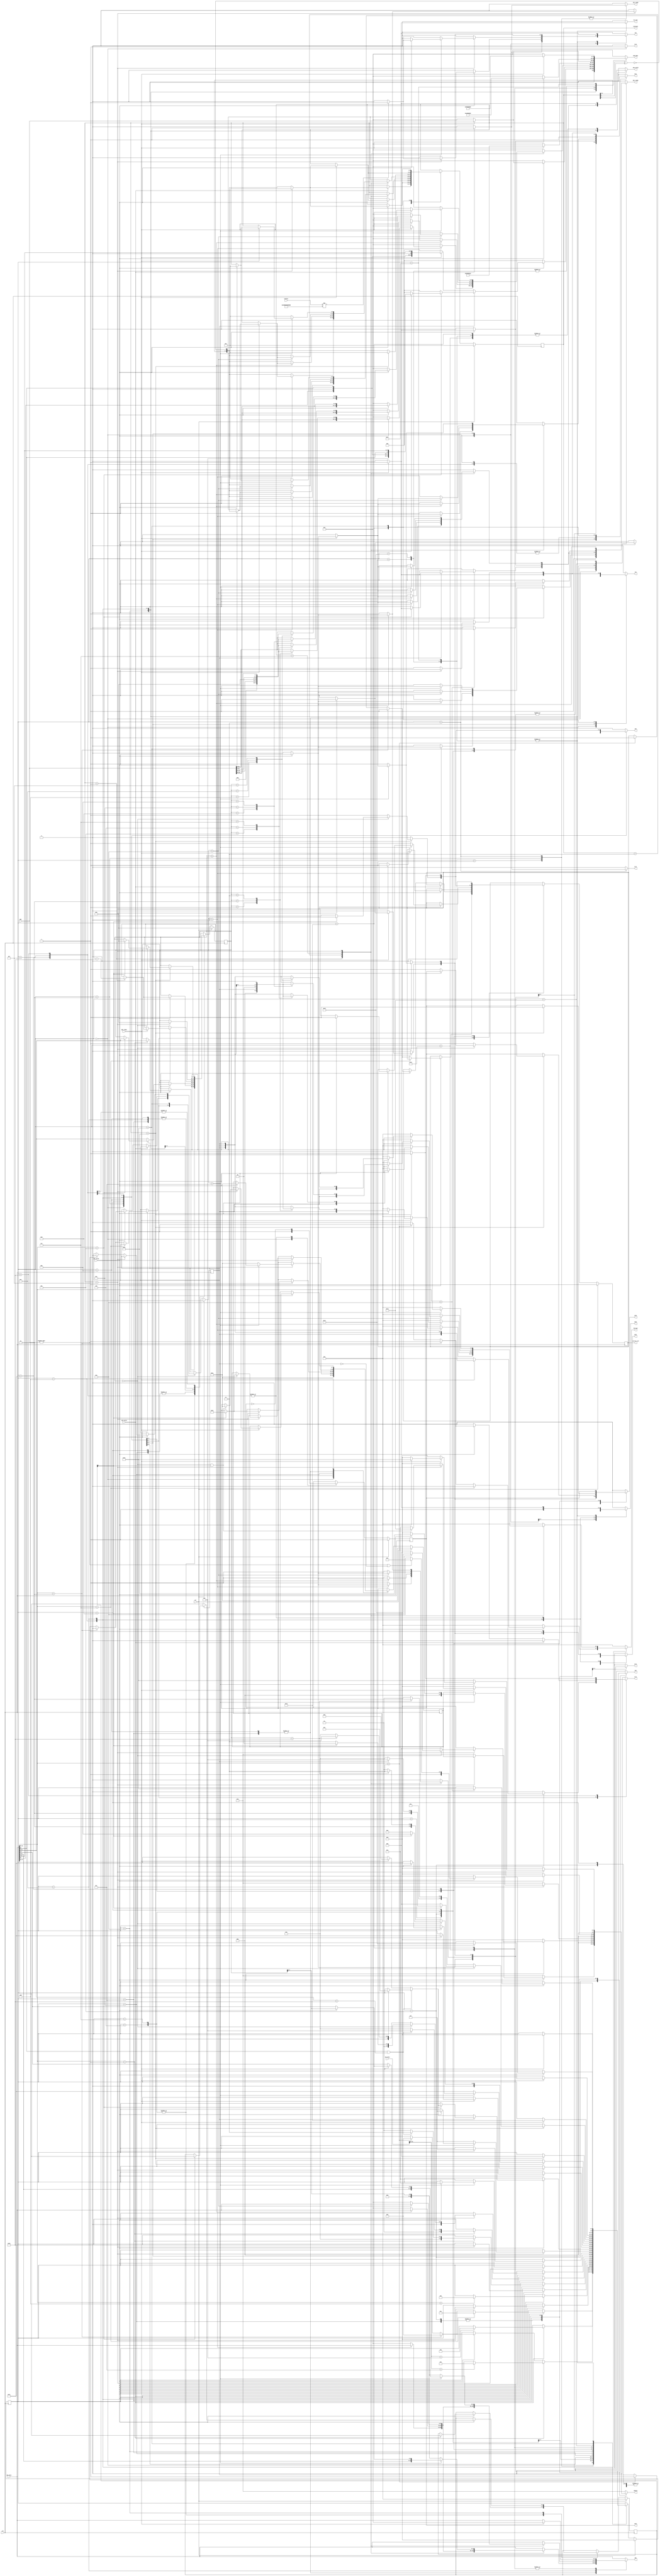
module api (/*AUTOARG*/
   // Outputs
   pdo_data, pdi, pdi_ready, sdi_ready, pdo_valid, do_last, domain, srst, senc,
   sse, xrst, xenc, xse, yrst, yenc, yse, zrst, zenc, zse,
   decrypt, correct_cnt, constant, tk1s,
   // Inputs
   counter, pdi_data, pdo, sdi_data, pdi_valid, sdi_valid, pdo_ready, clk, rst
   ) ;
   // SKINNY FINAL CONSTANT
   parameter FINCONST = 7'b011010;

   // BLK COUNTER INITIAL CONSTANT
   parameter INITCTR = 56'h02000000000000;
parameter INITCTR2 = 56'h01000000000000;   

   // INSTRUCTIONS
   parameter LDKEY = 4;
   parameter ACTKEY = 7;
   parameter ENC = 2;
   parameter DEC = 3;
   parameter SUCCESS = 14;
   parameter FAILURE = 15;

   //SEGMENT HEADERS
   parameter RSRVD1 = 0;
   parameter AD = 1;
   parameter NpubAD = 2; 
   parameter ADNpub = 3; 
   parameter PLAIN = 4; 
   parameter CIPHER = 5; 
   parameter CIPHERTAG = 6; 
   parameter RSRVD = 7; 
   parameter TAG = 8; 
   parameter RSRVD2 = 9; 
   parameter LENGTH = 10;
   parameter RSRVD3 = 11;  
   parameter KEY = 12; 
   parameter Npub = 13; 
   parameter Nsec = 14; 
   parameter ENCNsec = 15;

   // DOMAINS
   parameter adnormal = 8;
   parameter adfinal = 24;
   parameter adpadded = 26;
   parameter msgnormal = 4;
   parameter msgfinal = 20;
   parameter msgpadded = 21;   

   // STATES
   parameter idle        = 0;
   parameter loadkey     = 1;
	parameter keyheader   = 2;   
   parameter storekey    = 3;
   parameter nonceheader = 4;
   parameter storen      = 5;
   parameter adheader    = 6;
   parameter adheader2   = 7;
   parameter msgheader   = 8;
   parameter storeadsf   = 9;
   parameter storeadtf   = 10;
   parameter storeadsp   = 11;
   parameter storeadtp   = 12;
   parameter storemf     = 13;
   parameter storemp     = 14;
   parameter encryptad   = 15;
   parameter encryptn    = 16;
   parameter encryptm    = 17;
   parameter outputtag0  = 18;
   parameter outputtag1  = 19;   
   parameter verifytag0  = 20;
   parameter verifytag1  = 21;
   parameter statuse     = 22;	
	parameter statusdf    = 23;	
	parameter statusds    = 24;	
   
   output reg [31:0] pdo_data, pdi;
   output reg        pdi_ready, sdi_ready, pdo_valid, do_last;

   output reg [7:0]  domain;
   output reg        srst, senc, sse;
   output reg        xrst, xenc, xse;
   output reg        yrst, yenc, yse;
   output reg        zrst, zenc, zse;
   output reg [3:0]  decrypt;
   output reg        correct_cnt;
   output  [5:0]       constant;   
   output reg        tk1s; 
   
   input [55:0]      counter;   
   input [31:0]      pdi_data, pdo, sdi_data;
   input             pdi_valid, sdi_valid, pdo_ready;

   input             clk, rst;

   reg [4:0]         fsm, fsmn;
   reg [15:0]         seglen, seglenn;  
   reg [3:0]         flags, flagsn;
   reg               dec, decn;
   reg [7:0]         nonce_domain, nonce_domainn;
   reg [5:0]         cnt, cntn;   
   reg               correct_cntn;
   reg               st0, st0n;
   reg               c2, c2n;
   reg               tk1sn;

   assign constant = cnt;   

   always @ (posedge clk) begin
      if (rst) begin
         fsm <= idle;
         seglen <= 0;
         flags <= 0;
         dec <= 0;
         correct_cnt <= 1;
         cnt <= 6'h01;   
         st0 <= 0;
         c2 <= 0;        
         tk1s <= 1;      
         nonce_domain <= adpadded;       
      end
      else begin
         fsm <= fsmn;
         seglen <= seglenn;
         flags <= flagsn;
         dec <= decn;
         cnt <= cntn;    
         nonce_domain <= nonce_domainn;
         st0 <= st0n;
         c2 <= c2n;
         tk1s <= tk1sn;  
         correct_cnt <= correct_cntn;    
      end
   end
   
   always @ ( counter or c2 or cnt or correct_cnt or dec or flags
	     or fsm or nonce_domain or pdi_data or sdi_data or pdi_valid or pdo
	     or pdo_ready or sdi_valid or seglen or st0 or tk1s) begin
      pdo_data <= 0;      
      pdi <= pdi_data;    
      do_last <= 0;		
      domain <= 0;         
      srst   <= 0;
      senc   <= 0;
      sse    <= 0;
      xrst   <= 0;
      xenc   <= 0;
      xse    <= 0;
      yrst   <= 0;
      yenc   <= 0;
      yse    <= 0;
      zrst   <= 0;
      zenc   <= 0;
      zse    <= 0;
      decrypt <= 0;      
      sdi_ready <= 0;
      pdi_ready <= 0;
      pdo_valid <= 0;
      tk1sn <= tk1s;      
      nonce_domainn <= nonce_domain;      
      fsmn <= fsm;
      seglenn <= seglen; 
      flagsn <= flags;
      decn <= dec;
      correct_cntn <= correct_cnt;
      st0n <= st0;
      c2n <= c2;           
      cntn <= cnt;      
      case (fsm) 
        idle: begin
		  pdi_ready <= 1;
	   srst <= 1;
	   sse <= 1;
	   senc <= 1;	   
           tk1sn <= 1;     
           nonce_domainn <= adpadded; 
           if (pdi_valid) begin
              pdi_ready <= 1;
              if (pdi_data[31:28] == ACTKEY) begin
                 fsmn <= loadkey;              
              end
              else if (pdi_data[31:28] == ENC) begin
                 zenc <= 1;        
                 zrst <= 1;
                 correct_cntn <= 1;           
                 zse <= 1;         
                 fsmn <= adheader;
                 decn <= 0;              
              end
              else if (pdi_data[31:28] == DEC) begin
                 zenc <= 1;        
                 zrst <= 1;
                 correct_cntn <= 1;           
                 zse <= 1;         
                 fsmn <= adheader;
                 decn <= 1;             
              end
           end     
        end // case: idle
		  loadkey: begin
           if (sdi_valid) begin
              sdi_ready <= 1;
              if (sdi_data[31:28] == LDKEY) begin
                 fsmn <= keyheader;               
              end             
           end
        end
        keyheader: begin
           if (sdi_valid) begin
              sdi_ready <= 1;
              if (sdi_data[31:28] == KEY) begin
                 fsmn <= storekey;               
              end             
           end
			  else if (pdi_valid) begin
			     if (pdi_data[31:28] == ENC) begin
                 zenc <= 1;        
                 zrst <= 1;
                 correct_cntn <= 1;           
                 zse <= 1;         
                 fsmn <= adheader;
                 decn <= 0;              
              end
              else if (pdi_data[31:28] == DEC) begin
                 zenc <= 1;        
                 zrst <= 1;
                 correct_cntn <= 1;           
                 zse <= 1;         
                 fsmn <= adheader;
                 decn <= 1;             
              end
			  end
        end
        storekey: begin
           if (sdi_valid) begin
              sdi_ready <= 1;
              xrst <= 1;
              xenc <= 1;
              xse <= 1;
              if (cnt == 5'h0F) begin
                 cntn <= 6'h01;
                 fsmn <= idle;           
              end
              else begin
                 cntn <= {cnt[4:0], cnt[5]^cnt[4]^1'b1};                
              end
           end
        end // case: storekey
        nonceheader: begin
           if (pdi_valid) begin
              pdi_ready <= 1;
              if (pdi_data[31:28] == Npub) begin
                 fsmn <= storen;             
              end             
           end
        end
        storen: begin
           if (pdi_valid) begin
              pdi_ready <= 1;
              yenc <= 1;
              yse <= 1;
              yrst <= 1;              	      
              if (cnt == 5'h0F) begin
		 domain <= nonce_domain;
		 //zenc <= 1;
		 //zse <= 1;
		 //if (counter != INITCTR) begin
		   // xse <= 1;
		   // xenc <= 1;		    
		 //end 		 
                 cntn <= 6'h01;
                 fsmn <= encryptn;               
              end
              else begin
                 cntn <= {cnt[4:0], cnt[5]^cnt[4]^1'b1};                
              end
           end
        end // case: storen
        adheader: begin
           if (pdi_valid) begin
              pdi_ready <= 1;
              if (pdi_data[31:28] == AD) begin
                 seglenn <= pdi_data[15:0];
                 flagsn <= pdi_data[27:24];              
                 if ((pdi_data[25] == 1) && (pdi_data[15:0] < 16)) begin
                    fsmn <= storeadsp;
                 end
                 else begin
                    fsmn <= storeadsf;
                 end
              end             
           end
        end // case: adheader
        adheader2: begin
           if (pdi_valid) begin
              pdi_ready <= 1;
              if (pdi_data[31:28] == AD) begin
                 seglenn <= pdi_data[15:0];
                 flagsn <= pdi_data[27:24];              
                 if ((pdi_data[25] == 1) && (pdi_data[15:0] < 16)) begin
                    fsmn <= storeadtp;
                 end
                 else begin
                    fsmn <= storeadtf;
                 end
              end             
           end
        end // case: adheader2  
        storeadsf: begin
           if (pdi_valid) begin
              pdi_ready <= 1;                 
              senc <= 1;
              sse <= 1;
				  
				  if (cnt == 5'h01) begin
				     seglenn <= seglen - 16;
				  end	
              if (cnt == 5'h0F) begin
				     if (counter != INITCTR2) begin
		    xse <= 1;
		    xenc <= 1;		    
		 end 
                 cntn <= 6'h01;
		           zenc <= 1;
		           zse <= 1;
                 if (seglen == 0) begin		 
                 if (flags[1] == 1) begin
                    fsmn <= nonceheader;
		              nonce_domainn <= adfinal;
		              domain <= adfinal;		    
                 end
                 else begin
                    fsmn <= adheader2;
		              domain <= adnormal;		    
                 end
					  end
					  else if (seglen < 16) begin
					    fsmn <= storeadtp;
						 domain <= adnormal;
					  end
					  else begin
					    fsmn <= storeadtf;
						 domain <= adnormal;
					  end
              end
              else begin
                 cntn <= {cnt[4:0], cnt[5]^cnt[4]^1'b1};                
              end

           end     
        end     
        storeadsp: begin
           case (cnt) 
             6'h01: begin
                if (seglen > 0) begin
                   if (pdi_valid) begin
                      pdi_ready <= 1;                 
                      senc <= 1;
                      sse <= 1;
                      cntn <= {cnt[4:0], cnt[5]^cnt[4]^1'b1};           
                   end                     
                end // if (seglen >= 0)
                else begin
                   pdi <= 0;               
                   senc <= 1;
                   sse <= 1;
                   cntn <= {cnt[4:0], cnt[5]^cnt[4]^1'b1};                                 
                end // else: !if(seglen >= 0)
             end // case: 6'h01      
             6'h03: begin
                if (seglen > 4) begin
                   if (pdi_valid) begin
                      pdi_ready <= 1;                 
                      senc <= 1;
                      sse <= 1;
                      cntn <= {cnt[4:0], cnt[5]^cnt[4]^1'b1};           
                   end                     
                end // if (seglen >= 0)
                else begin
                   pdi <= 0;               
                   senc <= 1;
                   sse <= 1;
                   cntn <= {cnt[4:0], cnt[5]^cnt[4]^1'b1};                                 
                end             
             end
             6'h07: begin
                if (seglen > 8) begin
                   if (pdi_valid) begin
                      pdi_ready <= 1;                 
                      senc <= 1;
                      sse <= 1;
                      cntn <= {cnt[4:0], cnt[5]^cnt[4]^1'b1};           
                   end                     
                end // if (seglen >= 0)
                else begin
                   pdi <= 0;               
                   senc <= 1;
                   sse <= 1;
                   cntn <= {cnt[4:0], cnt[5]^cnt[4]^1'b1};                                 
                end             
             end
             6'h0F: begin
				    seglenn <= 0;
                if (seglen > 12) begin
                   if (pdi_valid) begin
						    if (counter != INITCTR2) begin
		    xse <= 1;
		    xenc <= 1;		    
		 end 
                      pdi_ready <= 1;
                      pdi <= {pdi_data[31:4],seglen[3:0]};                                 
                      senc <= 1;
                      sse <= 1;
		      zenc <= 1;
		      zse <= 1;	
	 	      domain <= adpadded;
		      nonce_domainn <= adpadded;		      
                      cntn <= 6'h01;
                      fsmn <= nonceheader;                    
                   end                     
                end // if (seglen >= 0)
                else begin
					 if (counter != INITCTR2) begin
		    xse <= 1;
		    xenc <= 1;		    
		 end 
                   pdi <= {28'h0,seglen[3:0]};                  
                   senc <= 1;
                   sse <= 1;
		   zenc <= 1;
		   zse <= 1;		 		   
	 	   domain <= nonce_domain;
		   nonce_domainn <= adpadded;		      
                   cntn <= 6'h01;
                   fsmn <= nonceheader;               
                end                             
             end // case: 6'h0F      
           endcase // case (cnt)              
        end // case: storeadsp
        storeadtf: begin
           if (pdi_valid) begin
              pdi_ready <= 1;                 
              yenc <= 1;
              yse <= 1;
              yrst <= 1;  
              if (cnt == 5'h01) begin
				     seglenn <= seglen - 16;
				  end				  
              if (cnt == 5'h0F) begin
                 cntn <= 6'h01;
		 if (flags[1] == 1) begin
		    nonce_domainn <= adfinal;		      
		 end
                 fsmn <= encryptad;
              end
              else begin
                 cntn <= {cnt[4:0], cnt[5]^cnt[4]^1'b1};                
              end
           end     
        end     
        storeadtp: begin
           case (cnt) 
             6'h01: begin
                if (seglen > 0) begin
                   if (pdi_valid) begin
                      pdi_ready <= 1;                 
                      yenc <= 1;
                      yse <= 1;
                      yrst <= 1;                      
                      cntn <= {cnt[4:0], cnt[5]^cnt[4]^1'b1};           
                   end                     
                end // if (seglen >= 0)
                else begin
                   pdi <= 0;
                   yenc <= 1;
                   yse <= 1;
                   yrst <= 1;                 
                   cntn <= {cnt[4:0], cnt[5]^cnt[4]^1'b1};                                 
                end // else: !if(seglen >= 0)
             end // case: 6'h01      
             6'h03: begin
                if (seglen > 4) begin
                   if (pdi_valid) begin
                      pdi_ready <= 1;                 
                      yenc <= 1;
                      yse <= 1;
                      yrst <= 1;                      
                      cntn <= {cnt[4:0], cnt[5]^cnt[4]^1'b1};           
                   end                     
                end // if (seglen >= 0)
                else begin
                   pdi <= 0;               
                   yenc <= 1;
                   yse <= 1;
                   yrst <= 1;                 
                   cntn <= {cnt[4:0], cnt[5]^cnt[4]^1'b1};                                 
                end             
             end
             6'h07: begin
                if (seglen > 8) begin
                   if (pdi_valid) begin
                      pdi_ready <= 1;                 
                      yenc <= 1;
                      yse <= 1;
                      yrst <= 1;                      
                      cntn <= {cnt[4:0], cnt[5]^cnt[4]^1'b1};           
                   end                     
                end // if (seglen >= 0)
                else begin
                   pdi <= 0;               
                   yenc <= 1;
                   yse <= 1;
                   yrst <= 1;                 
                   cntn <= {cnt[4:0], cnt[5]^cnt[4]^1'b1};                                 
                end             
             end
             6'h0F: begin
				    seglenn <= 0;
                if (seglen > 12) begin
                   if (pdi_valid) begin
                      pdi_ready <= 1;
                      pdi <= {pdi_data[31:4],seglen[3:0]};                 
                      yenc <= 1;
                      yse <= 1;
                      yrst <= 1;                      
                      cntn <= 6'h01;
		      nonce_domainn <= adpadded;		      
                      cntn <= 6'h01;                 		      
                      fsmn <= encryptad;                      
                   end                     
                end // if (seglen >= 0)
                else begin
                   pdi <= {28'h0,seglen[3:0]};                  
                   yenc <= 1;
                   yse <= 1;
                   yrst <= 1;    
		   nonce_domainn <= adpadded;		      
                   cntn <= 6'h01;
                   fsmn <= encryptad;                 
                end                             
             end // case: 6'h0F      
           endcase // case (cnt)              
        end // case: storeadsp
        msgheader: begin
           if (pdi_valid) begin
              if (dec == 1) begin
                 if (pdi_data[31:28] == CIPHER) begin            
                    seglenn <= pdi_data[15:0];
                    flagsn <= pdi_data[27:24];           
                    if ((pdi_data[25] == 1) && (pdi_data[15:0] < 16)) begin
			              if (pdo_ready) begin
			        			  fsmn <= storemp;
			     			     pdi_ready <= 1;
			     			     pdo_valid <= 1;
			     			     pdo_data <= {PLAIN , pdi_data[27], 1'b0, pdi_data[25],pdi_data[25],pdi_data[23:0]};
			  			     end
		              end
                    else begin
		                 if (pdo_ready) begin
			  			        pdi_ready <= 1;
			  			        fsmn <= storemf;
			  			        pdo_valid <= 1;
		     			        pdo_data <= {PLAIN , pdi_data[27], 1'b0, pdi_data[25],pdi_data[25],pdi_data[23:0]};
							  end
		       		  end
                 end         
              end // if (dec == 1)
              else begin
		           seglenn <= pdi_data[15:0];
                 flagsn <= pdi_data[27:24];           
                 if ((pdi_data[25] == 1) && (pdi_data[15:0] < 16)) begin
		              if (pdo_ready) begin
			              fsmn <= storemp;
			              pdi_ready <= 1;
			              pdo_valid <= 1;
			              pdo_data <= {CIPHER , pdi_data[27], 1'b0, pdi_data[25],1'b0,pdi_data[23:0]};
		              end
				     end
                 else begin
		              if (pdo_ready) begin
		                 pdi_ready <= 1;
		                 fsmn <= storemf;
		                 pdo_valid <= 1;
		                 pdo_data <= {CIPHER , pdi_data[27], 1'b0, pdi_data[25],1'b0,pdi_data[23:0]};
						  end
     		        end // if (pdo_ready)		       
              end // else: !if(dec == 1)	      
           end // if (pdi_valid)           
        end // case: msgheader
        storemf: begin
           if (pdi_valid) begin
	           if (pdo_ready) begin
		           decrypt <= {dec,dec,dec,dec};		 
		           pdo_valid <= 1;
		           pdo_data <= pdo;		 
		           pdi_ready <= 1;                 
		           senc <= 1;
		           sse <= 1;
		           if (cnt == 5'h01) begin
		              seglenn <= seglen - 16;
		           end
		           if (cnt == 5'h0F) begin
		              zenc <= 1;
		              zse <= 1;
		              yenc <= 1;
		              yse <= 1;
		              xenc <= 1;
		              xse <= 1;
		              correct_cntn <= 1;	      
		              if ((seglen == 0) && (flags[1] == 1)) begin
		                 domain <= msgfinal;
		                 nonce_domainn <= adpadded;		       
		              end
		              else begin
		                 domain <= msgnormal;		       
		              end
                    cntn <= 6'h01;
                    fsmn <= encryptm;               
		           end
		           else begin
                    cntn <= {cnt[4:0], cnt[5]^cnt[4]^1'b1};                
		           end
              end // if (pdo_ready)	      
	        end          
        end
        storemp: begin
           case (cnt) 
             6'h01: begin		
                if (seglen > 0) begin
		   if (pdo_ready) begin
                      if (pdi_valid) begin
			 pdo_valid <= 1;
			 case (seglen) 
			   1: begin
			      pdo_data <= {pdo[31:24],24'h0};
			      decrypt <= {dec,3'b0};		 
			   end
			   2: begin
			      pdo_data <= {pdo[31:16],16'h0};
			      decrypt <= {dec,dec,2'b0};		 
			   end
			   3: begin
			      pdo_data <= {pdo[31:8],8'h0};
			      decrypt <= {dec,dec,dec,1'b0};		 
			   end
			   default: begin
			      pdo_data <= pdo;		
			      decrypt <= {dec,dec,dec,dec};		 	      
			   end
			 endcase // case (seglen)			 
			 pdi_ready <= 1;                 
			 senc <= 1;
			 sse <= 1;
			 cntn <= {cnt[4:0], cnt[5]^cnt[4]^1'b1};           
                      end                     
                   end		   
		end		
                else begin
                   pdi <= 0;
                   senc <= 1;
                   sse <= 1;
                   cntn <= {cnt[4:0], cnt[5]^cnt[4]^1'b1};                                 
                end // else: !if(seglen >= 0)
	     end // case: 6'h01	     
             6'h03: begin
                if (seglen > 4) begin
		   if (pdo_ready) begin
                      if (pdi_valid) begin
			 pdo_valid <= 1;
			 case (seglen) 
			   5: begin
			      pdo_data <= {pdo[31:24],24'h0};		
			      decrypt <= {dec,3'b0};		 	      
			   end
			   6: begin
			      pdo_data <= {pdo[31:16],16'h0};
			      decrypt <= {dec,dec,2'b0};		 
			   end
			   7: begin
			      pdo_data <= {pdo[31:8],8'h0};
			      decrypt <= {dec,dec,dec,1'b0};		 
			   end
			   default: begin
			      pdo_data <= pdo;		
			      decrypt <= {dec,dec,dec,dec};		 	      
			   end
			 endcase // case (seglen)			 
			 pdi_ready <= 1;                 
			 senc <= 1;
			 sse <= 1;
			 cntn <= {cnt[4:0], cnt[5]^cnt[4]^1'b1};           
                      end               
		   end      
                end // if (seglen >= 0)
                else begin
                   pdi <= 0;               
                   senc <= 1;
                   sse <= 1;                  
                   cntn <= {cnt[4:0], cnt[5]^cnt[4]^1'b1};                                 
                end             
             end
             6'h07: begin
                if (seglen > 8) begin
		   if (pdo_ready) begin
                      if (pdi_valid) begin
			 pdo_valid <= 1;
			 case (seglen) 
			   9: begin
			      pdo_data <= {pdo[31:24],24'h0};		
			      decrypt <= {dec,3'b0};		 
			   end
			   10: begin
			      pdo_data <= {pdo[31:16],16'h0};
			      decrypt <= {dec,dec,2'b0};		 
			   end
			   11: begin
			      pdo_data <= {pdo[31:8],8'h0};
			      decrypt <= {dec,dec,dec,1'b0};		 
			   end
			   default: begin
			      pdo_data <= pdo;		
			      decrypt <= {dec,dec,dec,dec};		 	      
			   end
			 endcase // case (seglen)			 			 
			 pdi_ready <= 1;                 
			 senc <= 1;
			 sse <= 1;
			 cntn <= {cnt[4:0], cnt[5]^cnt[4]^1'b1};           
                      end               
		   end      
                end // if (seglen >= 0)
                else begin
                   pdi <= 0;               
                   senc <= 1;
                   sse <= 1;
                   cntn <= {cnt[4:0], cnt[5]^cnt[4]^1'b1};                                 
                end             
             end
             6'h0F: begin
				    seglenn <= 0;
                if (seglen > 12) begin
		   if (pdo_ready) begin		      
                      if (pdi_valid) begin
			 pdo_valid <= 1;
			 case (seglen) 
			   13: begin
			      pdo_data <= {pdo[31:24],24'h0};		
			      decrypt <= {dec,3'b0};		 	      
			   end
			   14: begin
			      pdo_data <= {pdo[31:16],16'h0};
			      decrypt <= {dec,dec,2'b0};		 
			   end
			   15: begin
			      pdo_data <= {pdo[31:8],8'h0};
			      decrypt <= {dec,dec,dec,1'b0};		 
			   end
			   default: begin
			      pdo_data <= pdo;		
			      decrypt <= {dec,dec,dec,dec};		 
			   end
			 endcase // case (seglen)			 			 
			 domain <= msgpadded;
			 zenc <= 1;
			 zse <= 1;
			 correct_cntn <= 1;	      
			 yenc <= 1;
			 yse <= 1;
			 xenc <= 1;
			 xse <= 1;	      	      		      
			 pdi_ready <= 1;
			 pdi <= {pdi_data[31:4],seglen[3:0]};                 
			 senc <= 1;
			 sse <= 1;
			 cntn <= 6'h01;
			 fsmn <= encryptm;               
                      end            
		   end         
                end // if (seglen >= 0)
                else begin
		   domain <= msgpadded;
		   zenc <= 1;
		   zse <= 1;
		   correct_cntn <= 1;	      
		   yenc <= 1;
		   yse <= 1;
		   xenc <= 1;
		   xse <= 1;	      	      		   
                   pdi <= {28'h0,seglen[3:0]};                  
                   senc <= 1;
                   sse <= 1;
                   cntn <= 6'h01;
                   fsmn <= encryptm;                  
                end                             
             end // case: 6'h0F      
           endcase // case (cnt)                   
        end // case: storemp
        encryptad: begin
           correct_cntn <= 0;
           tk1sn <= ~tk1s;         
           senc <= 1;
           xenc <= 1;
           yenc <= 1;
           zenc <= tk1s;
           cntn <= {cnt[4:0], cnt[5]^cnt[4]^1'b1};                                         
           if (cnt == FINCONST) begin
              cntn <= 6'h01;
				  if (seglen == 0) begin
              if (flags[1] == 1) begin
                 fsmn <= storeadsp;
                 seglenn <= 0;           
                 st0n <= 1;
                 c2n <= 0;               
              end
              else begin
				     correct_cntn <= 1;
		           zenc <= 1;
		           zse <= 1;		 
                 fsmn <= adheader;
                 c2n <= 1;                  
              end    
              end
              else if (seglen < 16) begin
				     correct_cntn <= 1;
				     fsmn <= storeadsp;
					  zenc <= 1;
		           zse <= 1;
                 c2n <= 1;
              end
              else begin
				     correct_cntn <= 1;
				     fsmn <= storeadsf;
					  zenc <= 1;
		           zse <= 1;
                 c2n <= 1;
              end				  
           end // if (cnt == FINCONST)     
        end // case: encryptad
        encryptn: begin
           correct_cntn <= 0;
           tk1sn <= ~tk1s;         
           senc <= 1;
           xenc <= 1;
           yenc <= 1;
           zenc <= tk1s;
           cntn <= {cnt[4:0], cnt[5]^cnt[4]^1'b1};                                         
           if (cnt == FINCONST) begin
              cntn <= 6'h01;          
              fsmn <= msgheader;
	      zrst <= 1;
	      zenc <= 1;
	      zse <= 1;
	      correct_cntn <= 1;	      
              c2n <= 1;             
           end // if (cnt == FINCONST)     
        end // case: encryptn
        encryptm: begin
           correct_cntn <= 0;
           tk1sn <= ~tk1s;         
           senc <= 1;
           xenc <= 1;
           yenc <= 1;
           zenc <= tk1s;
           cntn <= {cnt[4:0], cnt[5]^cnt[4]^1'b1};                                         
           if (cnt == FINCONST) begin
              cntn <= 6'h01;
              if (seglen == 0) begin				  
              if (flags[1] == 1) begin
                 if (dec == 1) begin
                    fsmn <= verifytag0;
                 end
                 else begin
                    fsmn <= outputtag0;
                 end
                 seglenn <= 0;           
                 st0n <= 1;
                 c2n <= 0;               
              end
              else begin
                 fsmn <= msgheader;
                 c2n <= 1;                  
              end
              end
              else if (seglen < 16) begin
                 fsmn <= storemp;
                 c2n <= 1;
              end
              else begin
                 fsmn <= storemf;
                 c2n <= 1;
              end				  
           end // if (cnt == FINCONST)     
        end // case: encryptm
        outputtag0: begin
           if (pdo_ready) begin
              pdi <= 0;    
              pdo_valid <= 1;      
              pdo_data <= {TAG,4'h3,8'h0,16'h010};
              fsmn <= outputtag1;             
           end
        end
        outputtag1: begin
           if (pdo_ready) begin
              pdi <= 0;    
              senc <= 1;
              sse <= 1;
              pdo_valid <= 1;      
              pdo_data <= pdo;
              cntn <= {cnt[4:0], cnt[5]^cnt[4]^1'b1};
              if (cnt == 6'h0F) begin
                 fsmn <= statuse;
                 cntn <= 6'h01;
              end
           end // if (pdo_ready)           
        end // case: outputtag1 
		  statuse: begin
		     if (pdo_ready) begin
			     pdo_valid <= 1;
              pdo_data <= {SUCCESS, 28'h0};
				  do_last <= 1;
				  fsmn <= idle;
				  xse <= 1;
				  xenc <= 1;
			  end
		  end
        verifytag0: begin
           if (pdi_valid) begin
              if (pdi_data[31:28] == TAG) begin
                 fsmn <= verifytag1;
                 pdi_ready <= 1;
              end             
           end     
        end
        verifytag1: begin
           if (pdi_valid) begin
              pdi_ready <= 1;
              if (cnt == 6'h0F) begin
                 cntn <= 6'h01;
                 if ((pdo != 32'h0) || (dec == 0)) begin
                    fsmn <= statusdf;
                 end
                 else begin
                    fsmn <= statusds;
                 end // else: !if((pdo != 32'h0) || (dec == 0))          
              end // if (cnt == 6'h0F)
              else begin
                 cntn <= {cnt[4:0], cnt[5]^cnt[4]^1'b1}; 
		           senc <= 1;
		           sse <= 1;
                 if (pdo != 32'h0) begin
                    decn <= 0;           
                 end
              end // else: !if(cnt == 6'h0F)          
           end // if (pdi_valid)           
        end // case: verifytag1    
        statusds: begin
		     if (pdo_ready) begin
			     pdo_valid <= 1;
              pdo_data <= {SUCCESS, 28'h0};
				  do_last <= 1;
				  fsmn <= idle;
				  xse <= 1;
				  xenc <= 1;
		     end
        end	
        statusdf: begin
		     if (pdo_ready) begin
			     pdo_valid <= 1;
              pdo_data <= {FAILURE, 28'h0};
				  do_last <= 1;
				  fsmn <= idle;
				  xse <= 1;
				  xenc <= 1;
		     end
        end			  
      endcase // case (fsm)      
   end
   
endmodule // api